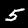
Label: 5